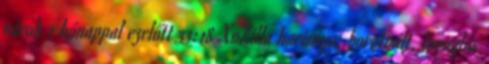
párok 2 hónappal ezelőtt 33:18 XoZilla harisnya, borotvált, lovaglás